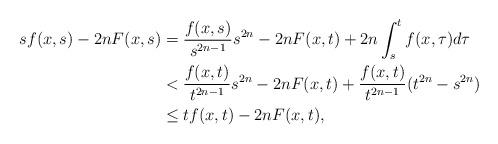
LaTeX: \begin{align*}sf(x,s)-2nF(x,s)&=\frac{f(x,s)}{s^{2n-1}}s^{2n}-2nF(x,t)+2n\int_s^t f(x,\tau)d\tau\\&< \frac{f(x,t)}{t^{2n-1}}s^{2n} -2n F(x,t)+\frac{f(x,t)}{t^{2n-1}}(t^{2n}-s^{2n})\\&\leq tf(x,t)-2nF(x,t),\end{align*}